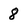
Character: 8